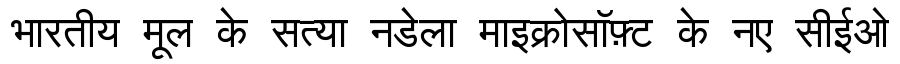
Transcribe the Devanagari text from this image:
भारतीय मूल के सत्या नडेला माइक्रोसॉफ़्ट के नए सीईओ